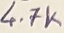
Text: 4.7K